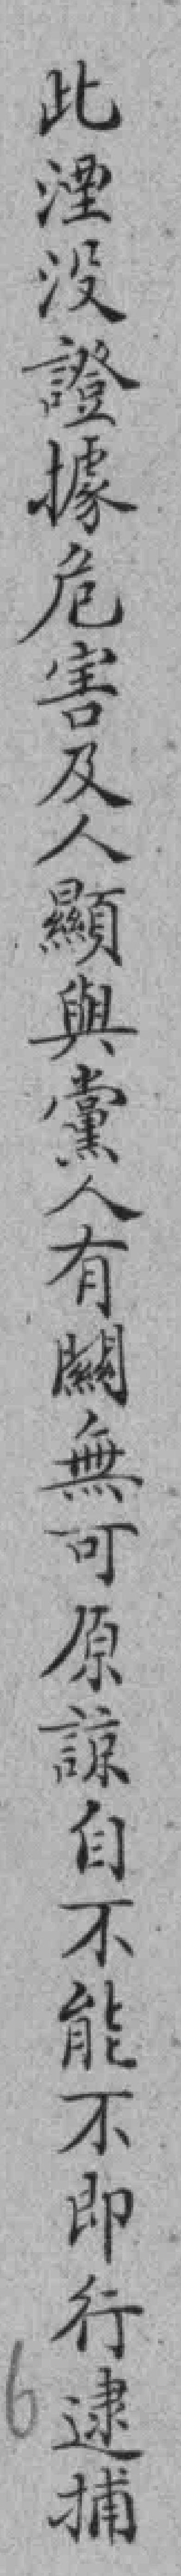
此湮没證據危害及人顯與黨人有闗無可原諒自不能不即行逮捕